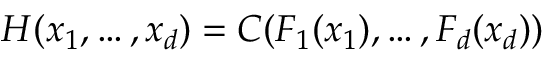
H ( x _ { 1 } , \dots , x _ { d } ) = C ( F _ { 1 } ( x _ { 1 } ) , \dots , F _ { d } ( x _ { d } ) )